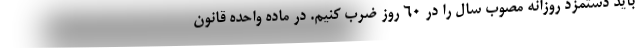
باید دستمزد روزانه مصوب سال را در 60 روز ضرب کنیم. در ماده واحده قانون